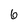
Character: 6